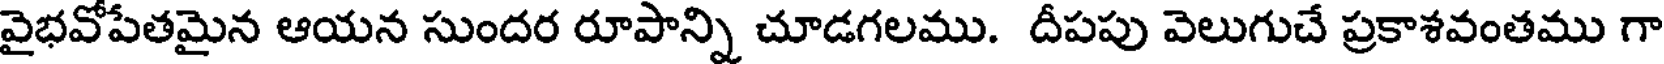
వైభవోపేతమైన ఆయన సుందర రూపాన్ని చూడగలము. దీపపు వెలుగుచే ప్రకాశవంతము గా